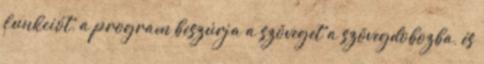
funkciót, a program beszúrja a szöveget a szövegdobozba, és